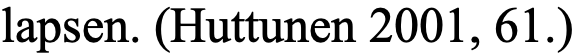
lapsen. (Huttunen 2001, 61.)